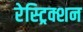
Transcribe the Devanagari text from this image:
रेस्ट्रिक्शन